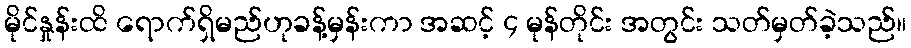
မိုင်နှုန်းထိ ရောက်ရှိမည်ဟုခန့်မှန်းကာ အဆင့် ၄ မုန်တိုင်း အတွင်း သတ်မှတ်ခဲ့သည်။